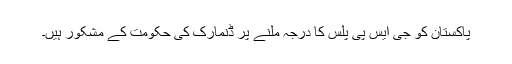
پاکستان کو جی ایس پی پلس کا درجہ ملنے پر ڈنمارک کی حکومت کے مشکور ہیں۔